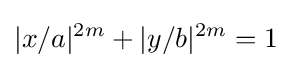
|x/a|^{2m}+|y/b|^{2m}=1